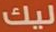
ليك